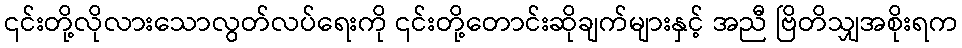
၎င်းတို့လိုလားသောလွတ်လပ်ရေးကို ၎င်းတို့တောင်းဆိုချက်များနှင့် အညီ ဗြိတိသျှအစိုးရက